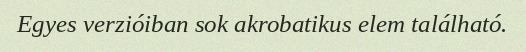
Egyes verzióiban sok akrobatikus elem található.